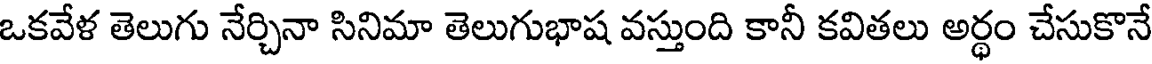
ఒకవేళ తెలుగు నేర్చినా సినిమా తెలుగుభాష వస్తుంది కానీ కవితలు అర్థం చేసుకొనే